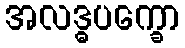
အလဒ္ဓပက္ခော